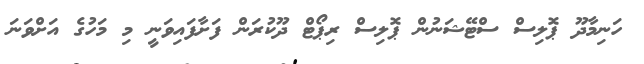
ހަނިމާދޫ ޕޮލިސް ސްޓޭޝަނުން ޕޮލިސް ރިޕޯޓް ދޫކުރަން ފަށާފައިވަނީ މި މަހުގެ އަށްވަނަ